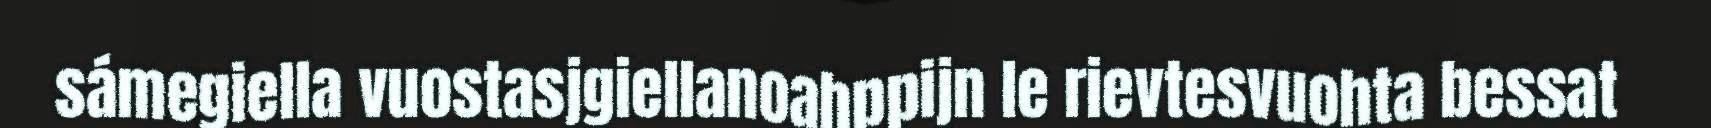
sámegiella vuostasjgiellanoahppijn le rievtesvuohta bessat